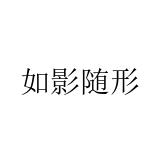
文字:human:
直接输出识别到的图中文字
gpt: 如影随形